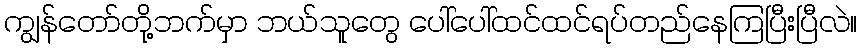
ကျွန်တော်တို့ဘက်မှာ ဘယ်သူတွေ ပေါ်ပေါ်ထင်ထင်ရပ်တည်နေကြပြီးပြီလဲ။